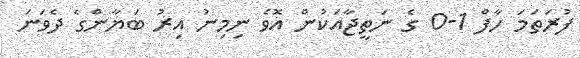
ފުރަތަމަ ހާފް 1-0 ގެ ނަތީޖާއަކުން އޮވެ ނިމިނު އިރު ބަޔާންގެ ދެވަނަ